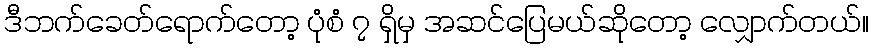
ဒီဘက်ခေတ်ရောက်တော့ ပုံစံ ၇ ရှိမှ အဆင်ပြေမယ်ဆိုတော့ လျှောက်တယ်။